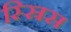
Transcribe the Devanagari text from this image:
स्स्रिस